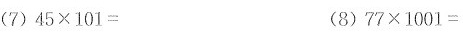
(7)45×101=(8)77×1001=